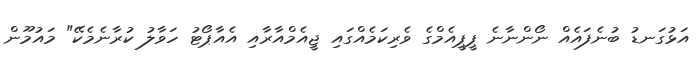
އަޅުގަނޑު ބުނެފައެއް ނޯންނާނެ ޕީޕީއެމްގެ ވެރިކަމެއްގައި ޖީއެމްއާރާއި އެއާޕޯޓު ހަވާލު ކުރާނެމެކޭ" މައުމޫން